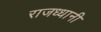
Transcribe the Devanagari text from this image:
राजध्धानी